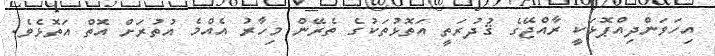
އިހަވަންދިއްޕޮޅަކީ ރާއްޖޭގެ ޤުދުރަތީ އަތޮޅުތަކުގެ ތެރޭން މިހާރު އެއްމެ އުތުރަށް އޮތް އަތޮޅެވެ.